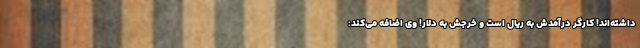
داشته‌اند! کارگر درآمدش به ریال است و خرجش به دلار! وی اضافه می‌کند: